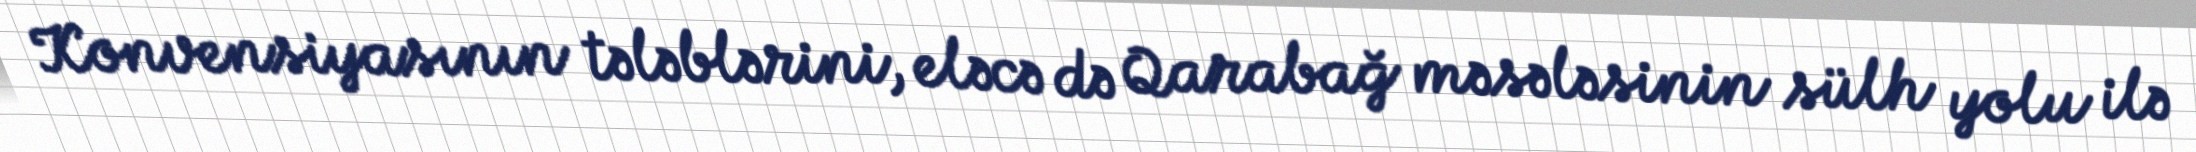
Konvensiyasının tələblərini, eləcə də Qarabağ məsələsinin sülh yolu ilə